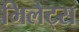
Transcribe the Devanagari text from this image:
मिलेट्स